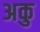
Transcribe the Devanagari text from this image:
अकु